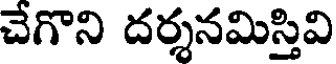
చేగొని దర్శనమిస్తివి